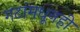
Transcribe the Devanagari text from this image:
गटांमधूनही